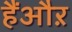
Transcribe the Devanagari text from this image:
हैंऔऱ